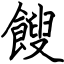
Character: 餿